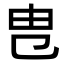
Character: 㕀